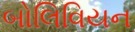
બોલિવિયન